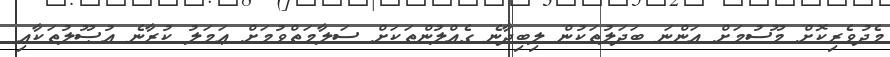
މެދުވެރިކޮށް މޫސުމަށް އަންނަ ބަދަލުތަކުން ލިބިދާނެ ގެއްލުންތަކަށް ސަލާމަތްވުމަށް ޢަމަލު ކުރާނެ އުޞޫލުތަކާއި